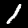
Digit: 1